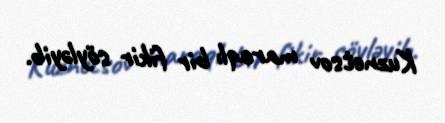
Kuznetsov maraqlı bir fikir söyləyib.